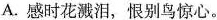
A.感时花溅泪，恨别鸟惊心。